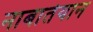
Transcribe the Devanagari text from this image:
नाबातेयान